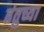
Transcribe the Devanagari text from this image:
तंतुच्या